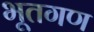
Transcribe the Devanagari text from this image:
भूतगण